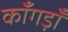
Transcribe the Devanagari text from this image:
काँगड़ाँ